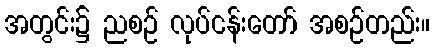
အတွင်း၌ ညစဉ် လုပ်ငန်းတော် အစဉ်တည်း။